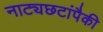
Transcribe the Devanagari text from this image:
नाट्यछटांपैकी